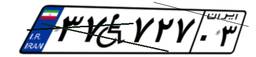
۳۷W۷۲۷۰۳